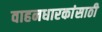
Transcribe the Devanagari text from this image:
वाहनधारकांसाठी